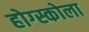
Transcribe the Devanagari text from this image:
होग्स्कोला